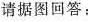
请据图回答：